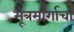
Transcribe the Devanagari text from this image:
मूत्रमार्गाचा